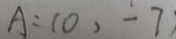
A : ( 0 , - 7 )